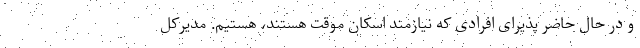
و در حال حاضر پذیرای افرادی که نیازمند اسکان موقت هستند، هستیم. مدیرکل